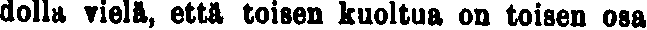
dolla vielä, että toisen kuoltua on toisen osa